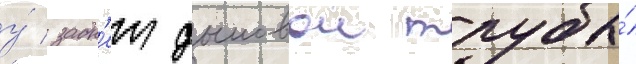
у́ задн'еи дымовои трубы́